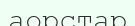
аорстар